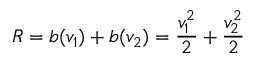
R = b ( v _ { 1 } ) + b ( v _ { 2 } ) = { \frac { v _ { 1 } ^ { 2 } } { 2 } } + { \frac { v _ { 2 } ^ { 2 } } { 2 } }